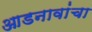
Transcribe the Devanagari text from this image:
आडनावांचा